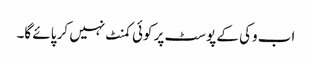
اب وکی کے پوسٹ پر کوئی کمنٹ نہیں کر پائے گا۔